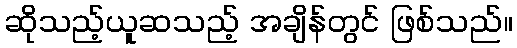
ဆိုသည့်ယူဆသည့် အချိန်တွင် ဖြစ်သည်။